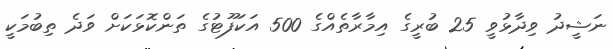
ނަޝީދު ވިދާޅުވީ 25 ބުރީގެ އިމާރާތެއްގެ 500 އަކަފޫޓުގެ ތަންކޮޅަކަށް ވަދެ ތިބުމަކީ